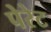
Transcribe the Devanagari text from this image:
पेरेट